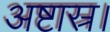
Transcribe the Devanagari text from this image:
अष्टास्र।